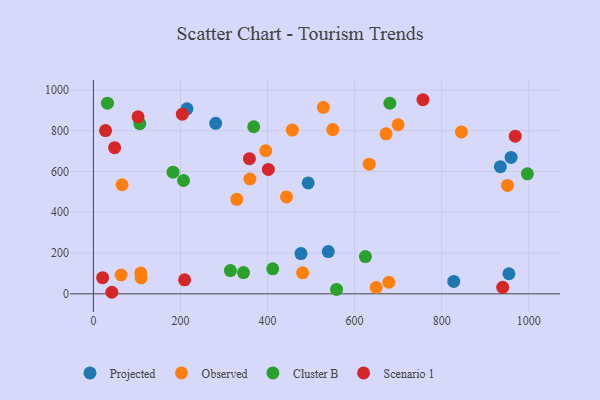
{"axis": {"x": "Speed", "y": "Demand"}, "legend": ["Cluster B", "Observed", "Projected", "Scenario 1"], "data": [{"x": "954.5", "y": 98.4, "type": "Projected"}, {"x": "214.9", "y": 907.4, "type": "Projected"}, {"x": "959.5", "y": 668.7, "type": "Projected"}, {"x": "934.9", "y": 623.4, "type": "Projected"}, {"x": "280.9", "y": 836.0, "type": "Projected"}, {"x": "827.7", "y": 60.9, "type": "Projected"}, {"x": "493.4", "y": 543.6, "type": "Projected"}, {"x": "476.8", "y": 197.5, "type": "Projected"}, {"x": "539.6", "y": 207.3, "type": "Projected"}, {"x": "678.7", "y": 56.7, "type": "Observed"}, {"x": "457.0", "y": 802.8, "type": "Observed"}, {"x": "700.0", "y": 829.1, "type": "Observed"}, {"x": "528.2", "y": 914.7, "type": "Observed"}, {"x": "63.6", "y": 92.2, "type": "Observed"}, {"x": "329.4", "y": 463.5, "type": "Observed"}, {"x": "443.6", "y": 475.2, "type": "Observed"}, {"x": "845.4", "y": 793.9, "type": "Observed"}, {"x": "108.8", "y": 102.4, "type": "Observed"}, {"x": "359.6", "y": 563.0, "type": "Observed"}, {"x": "951.3", "y": 531.4, "type": "Observed"}, {"x": "649.7", "y": 31.1, "type": "Observed"}, {"x": "65.8", "y": 534.9, "type": "Observed"}, {"x": "549.9", "y": 805.5, "type": "Observed"}, {"x": "396.0", "y": 701.7, "type": "Observed"}, {"x": "672.3", "y": 784.8, "type": "Observed"}, {"x": "109.7", "y": 78.5, "type": "Observed"}, {"x": "480.6", "y": 103.1, "type": "Observed"}, {"x": "633.5", "y": 635.6, "type": "Observed"}, {"x": "32.3", "y": 934.7, "type": "Cluster B"}, {"x": "681.0", "y": 934.6, "type": "Cluster B"}, {"x": "106.5", "y": 834.4, "type": "Cluster B"}, {"x": "182.9", "y": 596.6, "type": "Cluster B"}, {"x": "996.9", "y": 588.5, "type": "Cluster B"}, {"x": "207.1", "y": 555.8, "type": "Cluster B"}, {"x": "314.7", "y": 113.9, "type": "Cluster B"}, {"x": "368.3", "y": 819.3, "type": "Cluster B"}, {"x": "624.8", "y": 182.7, "type": "Cluster B"}, {"x": "344.8", "y": 104.1, "type": "Cluster B"}, {"x": "558.6", "y": 21.4, "type": "Cluster B"}, {"x": "411.9", "y": 122.5, "type": "Cluster B"}, {"x": "42.4", "y": 7.6, "type": "Scenario 1"}, {"x": "358.4", "y": 662.9, "type": "Scenario 1"}, {"x": "48.7", "y": 716.6, "type": "Scenario 1"}, {"x": "757.1", "y": 951.8, "type": "Scenario 1"}, {"x": "21.2", "y": 79.0, "type": "Scenario 1"}, {"x": "102.6", "y": 868.1, "type": "Scenario 1"}, {"x": "27.9", "y": 800.5, "type": "Scenario 1"}, {"x": "940.3", "y": 31.8, "type": "Scenario 1"}, {"x": "209.5", "y": 68.5, "type": "Scenario 1"}, {"x": "401.9", "y": 610.0, "type": "Scenario 1"}, {"x": "969.0", "y": 773.3, "type": "Scenario 1"}, {"x": "204.3", "y": 881.1, "type": "Scenario 1"}]}